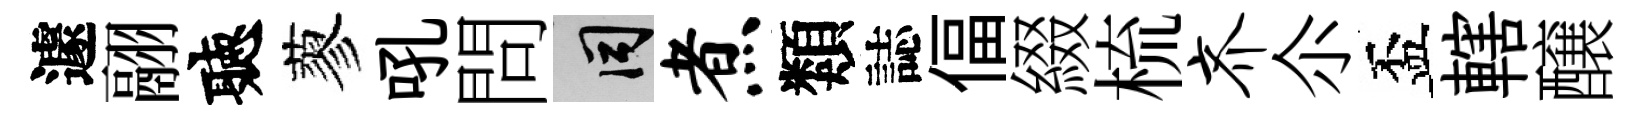
遽翮聽蓼吼問间煮類誌偪綴梳齐尒盃轄醸